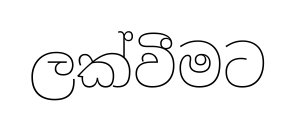
ලක්වීමට